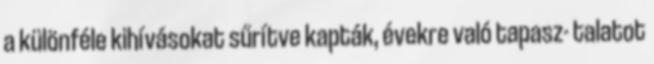
a különféle kihívásokat sűrítve kapták, évekre való tapasz- talatot